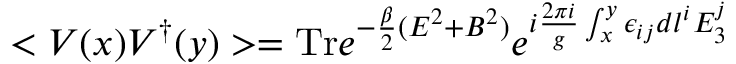
< V ( x ) V ^ { \dagger } ( y ) > = \mathrm { T r } e ^ { - { \frac { \beta } { 2 } } ( E ^ { 2 } + B ^ { 2 } ) } e ^ { i { \frac { 2 \pi i } { g } } \int _ { x } ^ { y } \epsilon _ { i j } d l ^ { i } E _ { 3 } ^ { j } }